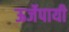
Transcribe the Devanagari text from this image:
ऊर्जेपायी